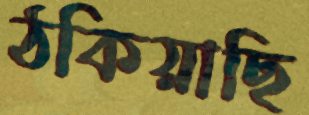
ঠকিয়াছি